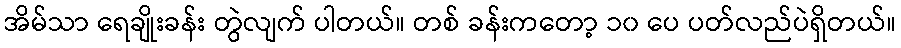
အိမ်သာ ရေချိုးခန်း တွဲလျက် ပါတယ်။ တစ် ခန်းကတော့ ၁၀ ပေ ပတ်လည်ပဲရှိတယ်။